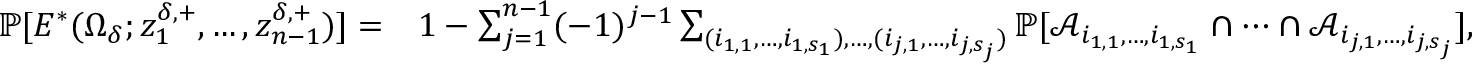
\begin{array} { r l } { \mathbb { P } [ E ^ { * } ( \Omega _ { \delta } ; z _ { 1 } ^ { \delta , + } , \ldots , z _ { n - 1 } ^ { \delta , + } ) ] = } & { 1 - \sum _ { j = 1 } ^ { n - 1 } ( - 1 ) ^ { j - 1 } \sum _ { ( i _ { 1 , 1 } , \ldots , i _ { 1 , s _ { 1 } } ) , \ldots , ( i _ { j , 1 } , \ldots , i _ { j , s _ { j } } ) } \mathbb { P } [ \mathcal { A } _ { i _ { 1 , 1 } , \ldots , i _ { 1 , s _ { 1 } } } \cap \cdots \cap \mathcal { A } _ { i _ { j , 1 } , \ldots , i _ { j , s _ { j } } } ] , } \end{array}